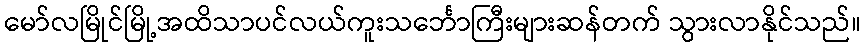
မော်လမြိုင်မြို့အထိသာပင်လယ်ကူးသင်္ဘောကြီးများဆန်တက် သွားလာနိုင်သည်။